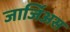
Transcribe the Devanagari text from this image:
जार्जिअस